Report of the Indian Hemp Drugs Commission, 1894-1895 - Volume VIII
Year: 1894
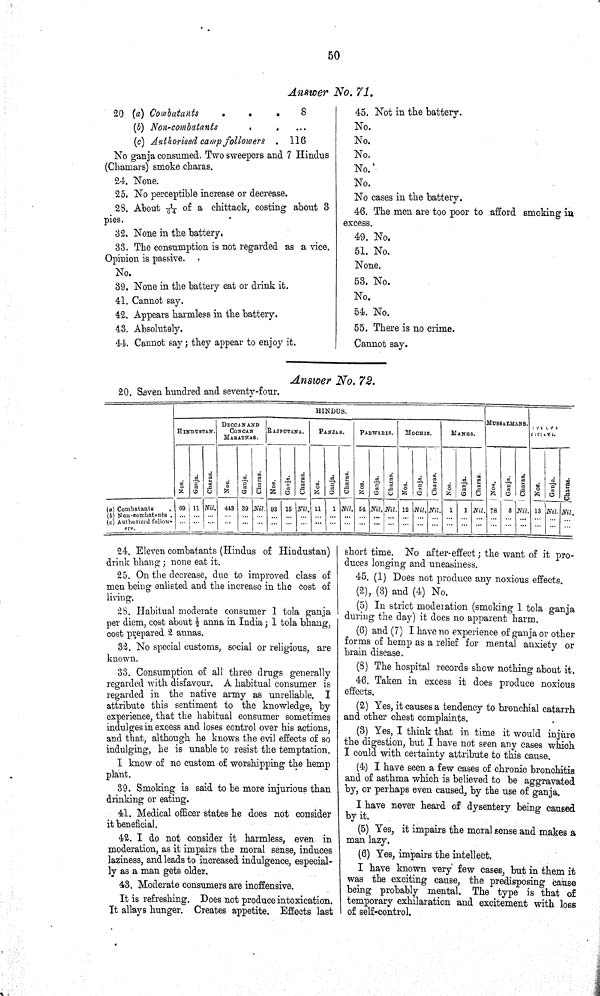
50
Answer No. 71.
20. (a) Combatants
8
(b) Non-combatants
4
(c) Authorised camp followers
116
No ganja consumed. Two sweepers and 7 Hindus
(Chamars) smoke charas.
24. None.
25. No perceptible increase or decrease.
28, About 1/64 of a chittack, costing about 3
pies.
32. None in the battery.
33. The consumption is not regarded as a vice.
Opinion is passive.
No.
39. None in the battery eat or drink it.
41. Cannot say.
42. Appears harmless in the battery.
43. Absolutely.
44. Cannot say; they appear to enjoy it.
45. Not in the battery.
No.
No.
No.
No.
No.
No cases in the battery.
46. The men are too poor to afford smoking in
excess.
49. No.
51. No.
None.
53. No.
No.
54. No.
55. There is no crime.
Cannot say.
Answer
No. 72.
20. Seven hundred and seventy-four.
HINDUS.
HINDUSTAN. DECCAN AND
CONCAN
MARATHAS.
RAJPUTANA.
PANJAB.
PARWARIS.
MOCHIS.
MANGS.
MUSSALMANS
[NLS note: poor quality text a
Nos.
Ganja.
Charas.
Nos.
Ganja.
Charas.
Nos.
Ganja.
Charas.
Nos.
Ganja.
Charas.
Nos.
Ganja.
Charas.
Nos.
Ganja.
Charas.
Nos.
Ganja.
Charas.
Nos.
Ganja.
Charas.
Nos.
Ganja.
Charas.
(a) Combatants
69 11 Nil. 413 39 Nil. 93 15 Nil. 11 1 Nil. 54 Nil. Nil. 12 Nil. Nil. 1 1 Nil. 78 8 Nil. 13 Nil.
Nil.
(6) Non-combatnnts
(c) Authorized follow-
ers.
24. Eleven combatants (Hindus of Hindustan)
drink bhang; none eat it.
25. On the decrease, due to improved class of
men being enlisted and the increase in the cost of
living.
28. Habitual moderate consumer 1 tola ganja
per diem, cost about 1/2 anna in India; 1 tola bhang,
cost prepared 2 annas.
32. No special customs, social or religious, are
known.
33. Consumption of all three drugs generally
regarded with disfavour. A habitual consumer is
regarded in the native army as unreliable.
I
attribute this sentiment to the knowledge, by
experience, that the habitual consumer sometimes
indulges in excess and loses control over his actions,
and that, although he knows the evil effects of so
indulging, he is unable to resist the temptation.
I know of no custom of worshipping the hemp
plant.
39. Smoking is said to be more injurious than
drinking or eating,
41. Medical officer states he does not consider
it beneficial.
42. I do not consider it harmless, even in
moderation, as it impairs the moral sense, induces
laziness, and leads to increased indulgence, especial-
ly as a man gets older.
43. Moderate consumers are inoffensive.
It is refreshing. Does not produce intoxication.
It allays hunger. Creates appetite. Effects last
short time. No after-effect; the want of it pro-
duces longing and uneasiness.
45. (1) Does not produce any noxious effects.
(2), (3) and (4) No.
(5) In strict moderation (smoking 1 tola ganja
during the day) it does no apparent harm.
(6) and (7) I have no experience of ganja or other
forms of hemp as a relief for mental anxiety or
brain disease.
(8) The hospital records show nothing about it.
46. Taken in excess it does produce noxious
effects.
(2) Yes, it causes a tendency to bronchial catarrh
and other chest complaints.
(3) Yes, I think that in time it would injure
the digestion, but I have not seen any cases which
I could with certainty attribute to this cause.
(4) I have seen a few cases of chronic bronchitis
and of asthma which is believed to be aggravated
by, or perhaps even caused, by the use of ganja.
I have never heard of dysentery being caused
by it.
(5) Yes, it impairs the moral sense and makes a
man lazy.
(6) Yes, impairs the intellect.
I have known very few cases, but in them it
was the exciting cause, the predisposing Cause
being probably mental. The type is that of
temporary exhilaration and excitement with loss
of self-control.